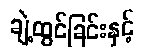
ချဲ့ထွင်ခြင်းနှင့်